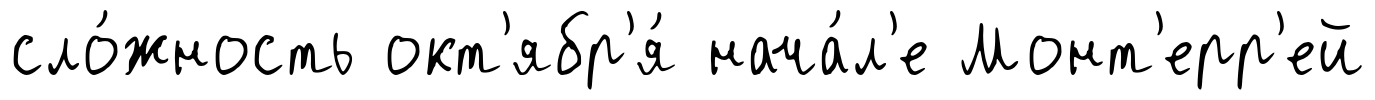
сло́жность окт'ябр'я́ нача́л'е Монт'ерр'ей